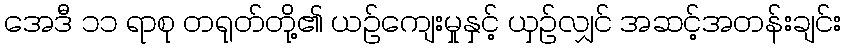
အေဒီ ၁၁ ရာစု တရုတ်တို့၏ ယဉ်ကျေးမှုနှင့် ယှဉ်လျှင် အဆင့်အတန်းချင်း